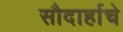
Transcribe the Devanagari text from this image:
सौदार्हाचे